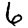
Digit: 6